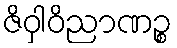
ဇိဝှါဝိညာဏဉ္စ